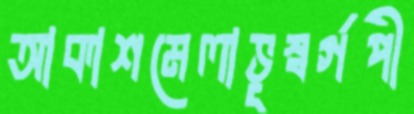
আকাশমেলাভূস্বর্গপী